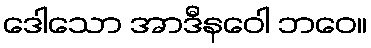
ဒေါသော အာဒီနဝေါ ဘဝေ။